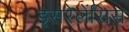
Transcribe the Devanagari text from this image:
इसरेलेंसिस